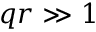
q r \gg 1